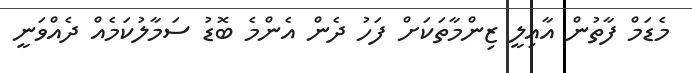
މެޑަމް ފާތުން އާއިލީ ޒިންމާތަކަށް ފަހު ދެން އެންމެ ބޮޑު ސަމާލުކަމެއް ދެއްވަނީ